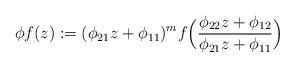
LaTeX: \begin{align*}\phi f(z) := (\phi_{21} z + \phi_{11})^m f\Big(\frac{\phi_{22} z + \phi_{12}}{\phi_{21} z + \phi_{11}}\Big)\end{align*}